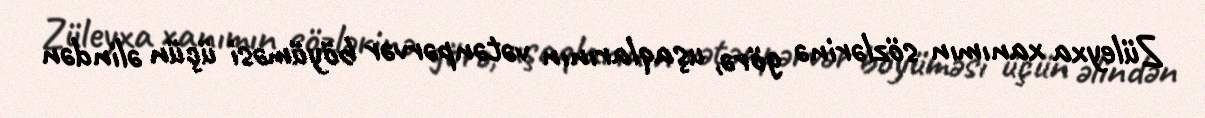
Züleyxa xanımın sözlərinə görə, uşaqlarının vətənpərvər böyüməsi üçün əlindən